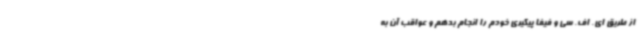
از طریق ای‌. اف. سی و فیفا پیگیری خودم را انجام بدهم و عواقب آن به